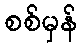
စစ်မှန်